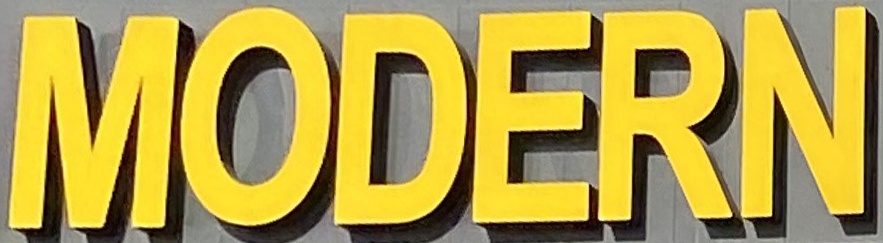
MODERN